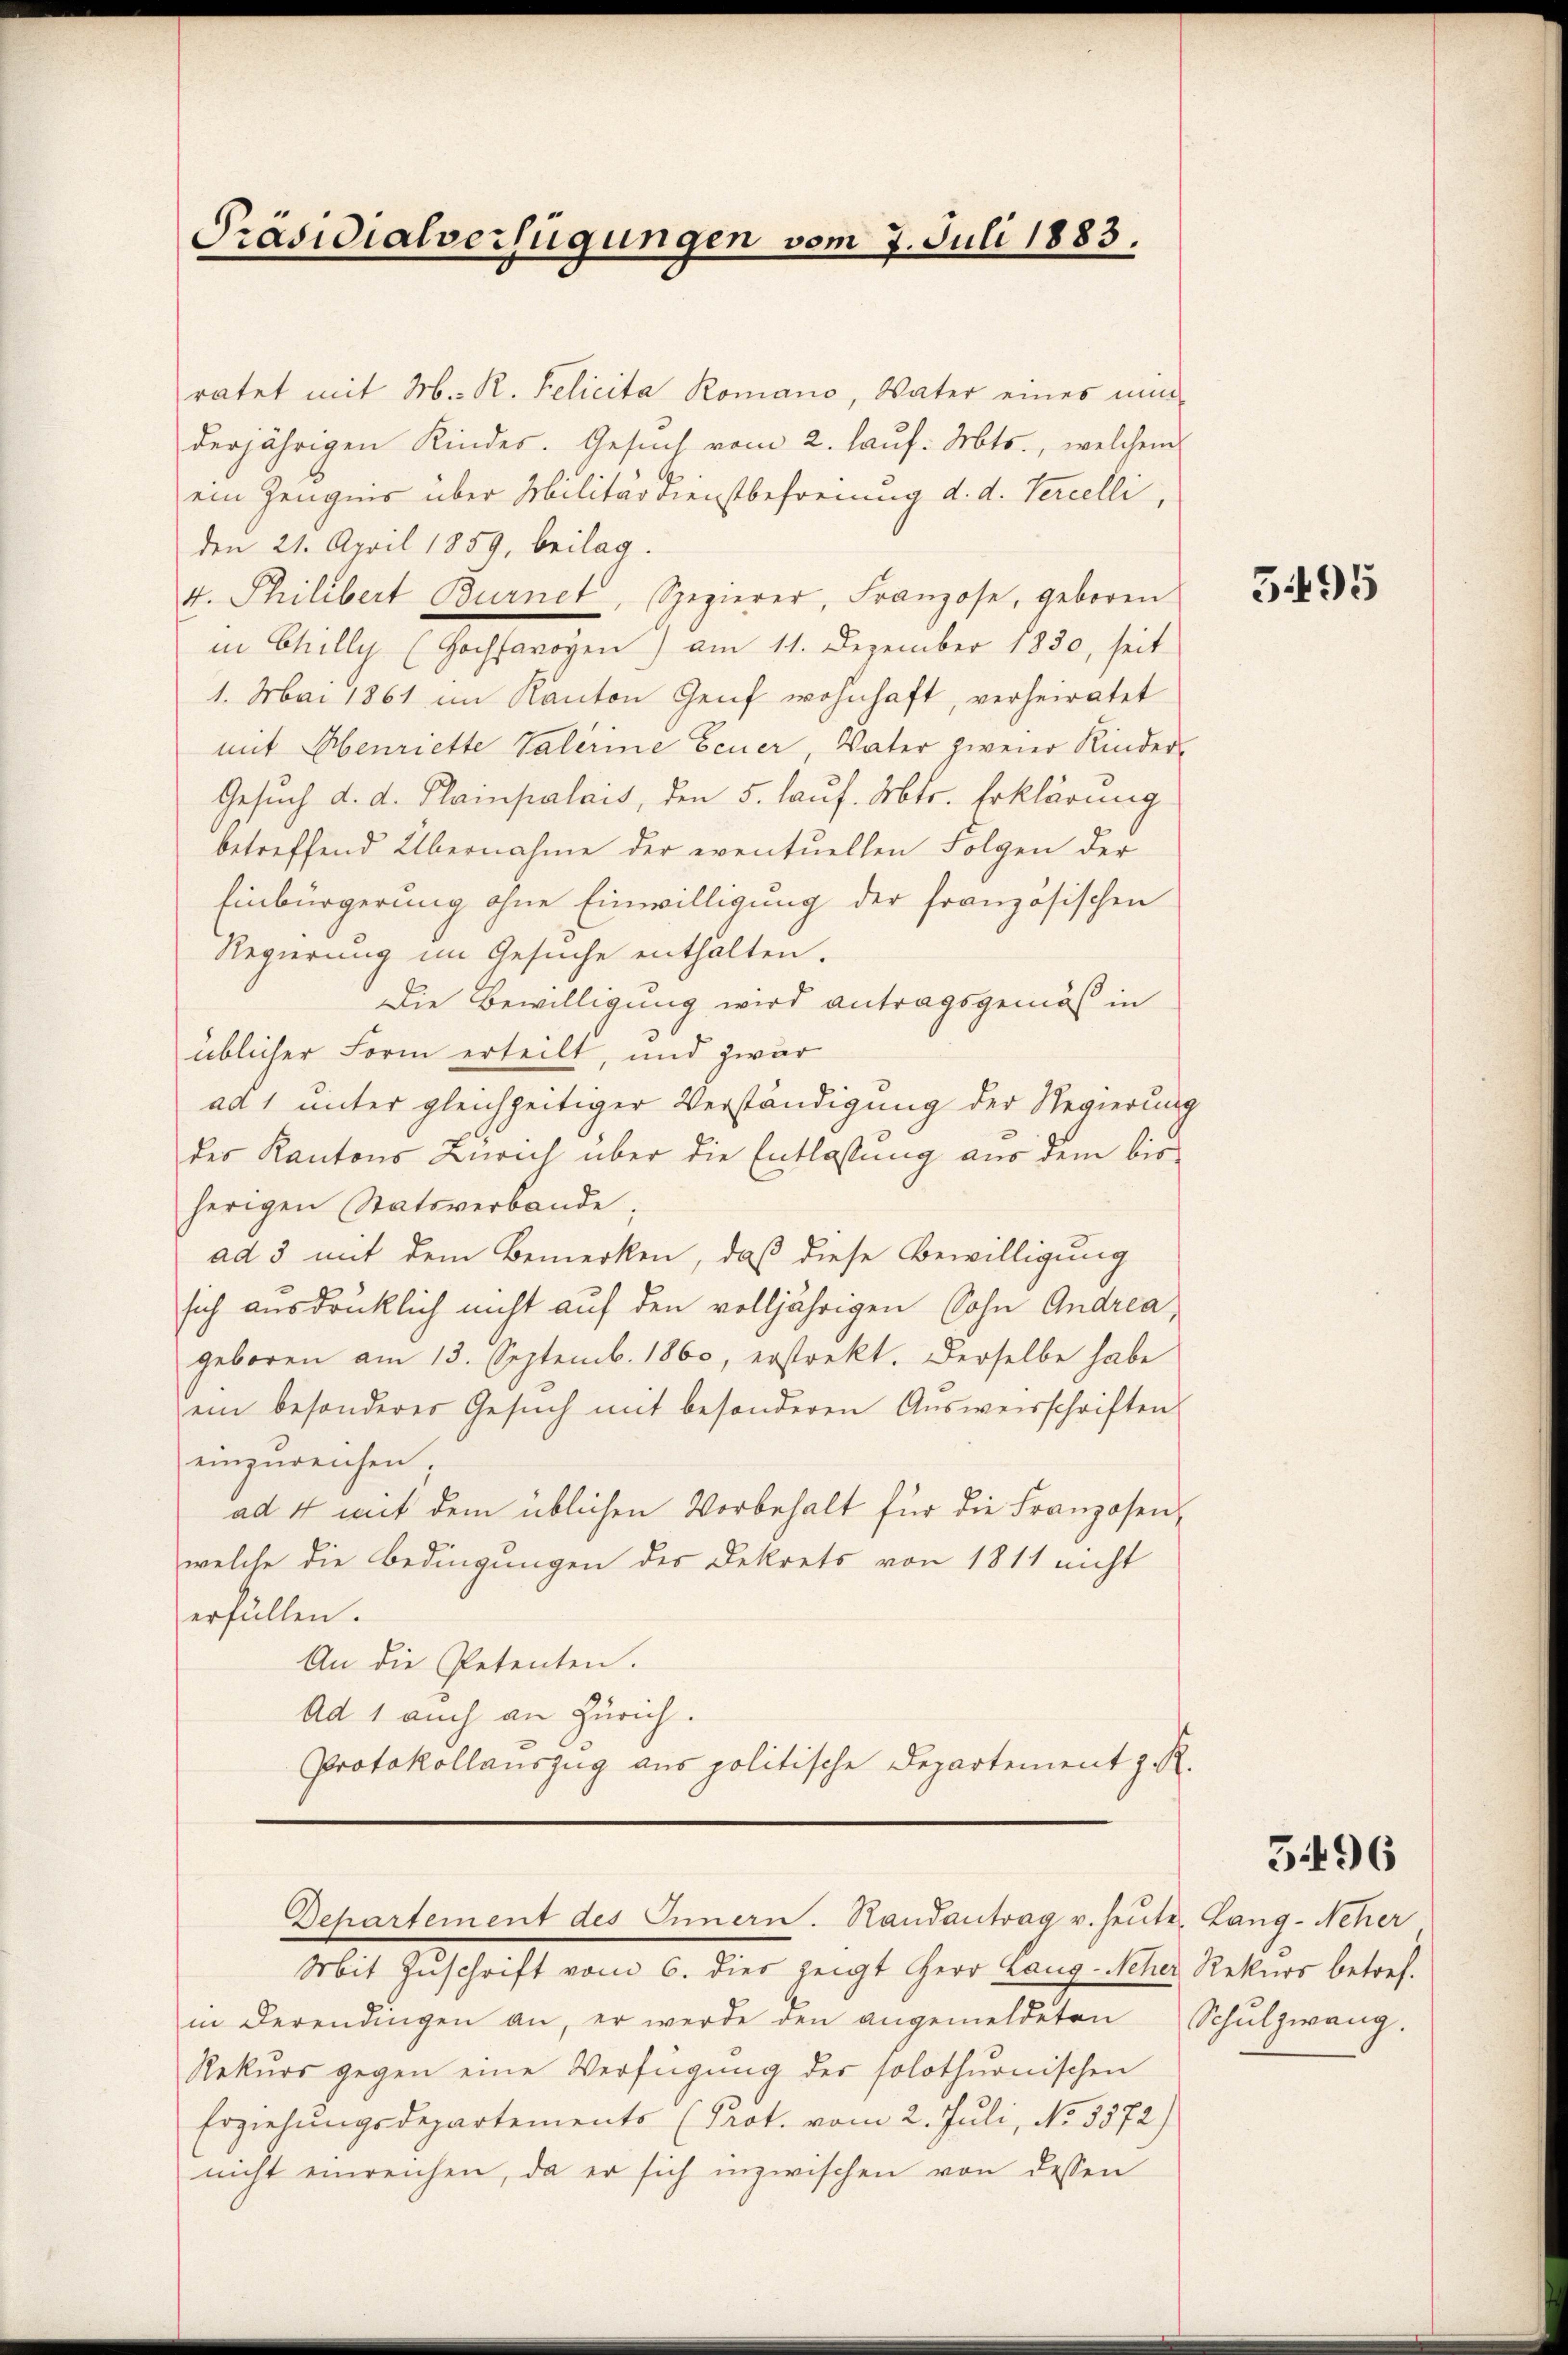
Präsidialverfügungen vom 7. Juli 1883.

ratet mit M. R. Telicita Romano, Vater eines nun-
derjährigen Kindes. Gesuch vom 2. lauf. Mts., welchem
ein Zeugnis über Militär Dienstbefreiung d. d. Serielli,
den 21. April 1859, beilag.
4. Philibert Burnet, Spezierer, Franzose, geboren
in Chilly (Hochfarogen) am 11. Dezember 1830, seit
1. Mai 1861 im Kanton Genf wohnhaft, verheiratet
mit Henriette Valerine Feuer, Vater zweier Kinder-
Gesuch d. d. Plainpalais, den 5. lauf. Mts. Erklärung
betreffend Übernahme der eventuellen Folgen der
Einbürgerung ohne Einwilligung der französischen
Regierung im Gesuche enthalten.
Die Bewilligung wird antragsgemäß in
üblicher Form erteilt, und zwar
ad 1 unter gleichzeitiger Verständigung der Regierung
des Kantons Zürich über die Entlassung aus dem bis
herigen Statsverbande,
ad 3 mit dem Bemerken, daß diese Bewilligung
sich ausdrücklich nicht auf den volljährigen Sohn Andrea
geboren am 13. Septemb. 1860, erstockt. Derselbe habe
ein besonderes Gesŭch mit besonderen Aŭsweisschriften
einzureichen;
ad 4 mit dem üblichen Vorbehalt für die Franzosen-
welche die Bedingungen des Dekrets von 1811 nicht
erfüllen.
An die Petenten.
Ad 1 auch an Zürich.
Protokollauszug aus politische Departement z. R.
Dehartement des Innern. Randantrag v. heute Lang-Neher,
Mit Zuschrift vom 6. Dies zeigt Herr Lang des Peter betref
in derendingen an, er werde den angemeldeten Schŭlzwang.
Rekurs gegen eine Verfügung der solothurnischen
Erziehungsdepartements (Prot. vom 2. Juli, No 3372)
nicht einreichen, da er sich inzwischen von dessen

3495

3496